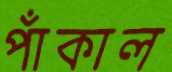
পাঁকাল